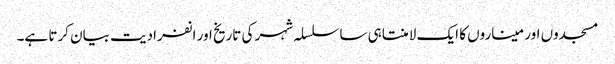
مسجدوں اور میناروں کا ایک لامنتاہی ساسلسلہ شہر کی تاریخ اور انفرادیت بیان کرتا ہے۔